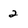
Character: 2